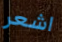
اشعر